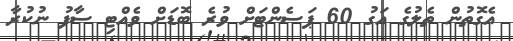
އެގޮތުން ތެލުގެ އަގު 60 ޕަސެންޓަށް ވުރެ ބޮޑަށް ވެއްޓި ސާފު ނުކުރާ